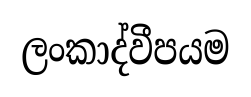
ලංකාද්වීපයම